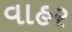
વાહર